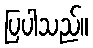
ပြပါသည်။